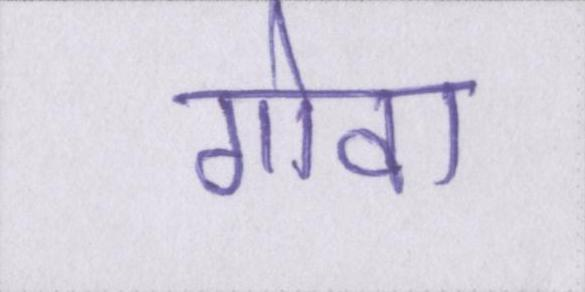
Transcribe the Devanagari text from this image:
गोवा